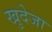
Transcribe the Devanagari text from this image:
खुदेजा